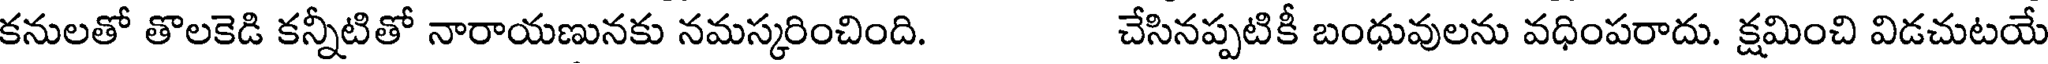
కనులతో తొలకెడి కన్నీటితో నారాయణునకు నమస్కరించింది. చేసినప్పటికీ బంధువులను వధింపరాదు. క్షమించి విడచుటయే